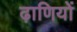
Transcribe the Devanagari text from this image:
ढ़ाणियों